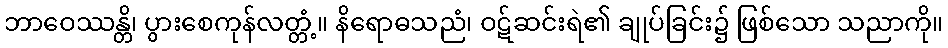
ဘာဝေဿန္တိ၊ ပွားစေကုန်လတ္တံ့။ နိရောဓသညံ၊ ဝဋ်ဆင်းရဲ၏ ချုပ်ခြင်း၌ ဖြစ်သော သညာကို။